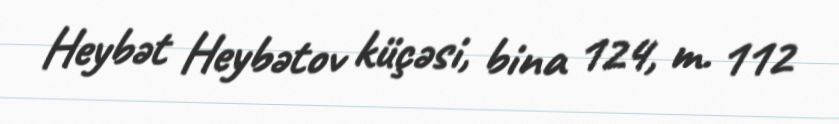
Heybət Heybətov küçəsi, bina 124, m. 112